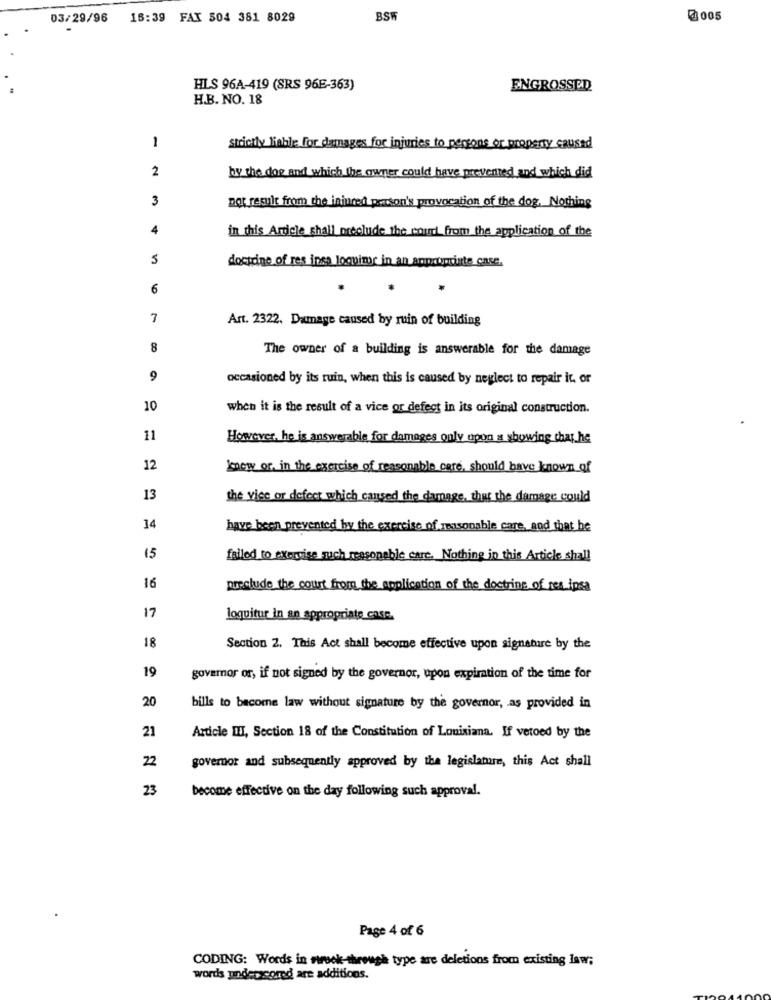
03/29/96 18:39 FAX 504 381 8029
BSW
@005
HLS 96A-419 (SRS 96E-363)
ENGROSSED
H.B. NO. 18
1
strictly liable for damages for injuries to persons or property caused
2
by the doe and which the owner could have prevented and which did
3
por result from the injured person's provocation of the dog, Nothing
4
in this Article shall preclude the cour from the application of the
5
doctrine of res inse loquime in an annemtinte case.
6
7
Art. 2322. Damage caused by ruin of building
8
The owner of a building is answerable for the damage
9
occasioned by its ruin, when this is caused by neglect to repair it, or
10
when it is the result of a vice or defect in its original construction.
11
However, he is answerable for damages only upon a showing that.he
12
bow or, in the exercise of reasonable care, should have known of
13
the vise or defect which caused the damage, that the damage could
14
have been prevented by the exercise of maisonable care, and that he
15
failed to exercise such reasonable care. Nothing in this Article shall
16
preclude the court from the application of the doctrine of res ipsa
17
loquitur in an appropriate case.
18
Section 2. This Act shall become effective upon signature by the
19
governor or, if not signed by the governor, upon expiration of the time for
20
bills to become law without signature by the governor, as provided in
21
Article III, Section 18 of the Constitution of Louisiana. If vetoed by the
22
governor and subsequently approved by the legislature, this Act shall
23
become effective on the day following such approval.
Page 4 of 6
CODING: Words in nook through type are deletions from existing law;
words underscomd are additions.